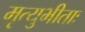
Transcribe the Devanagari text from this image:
मृत्युभीताः